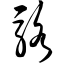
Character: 骆